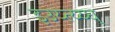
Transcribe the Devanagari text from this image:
इउय्त्य्य्घ्